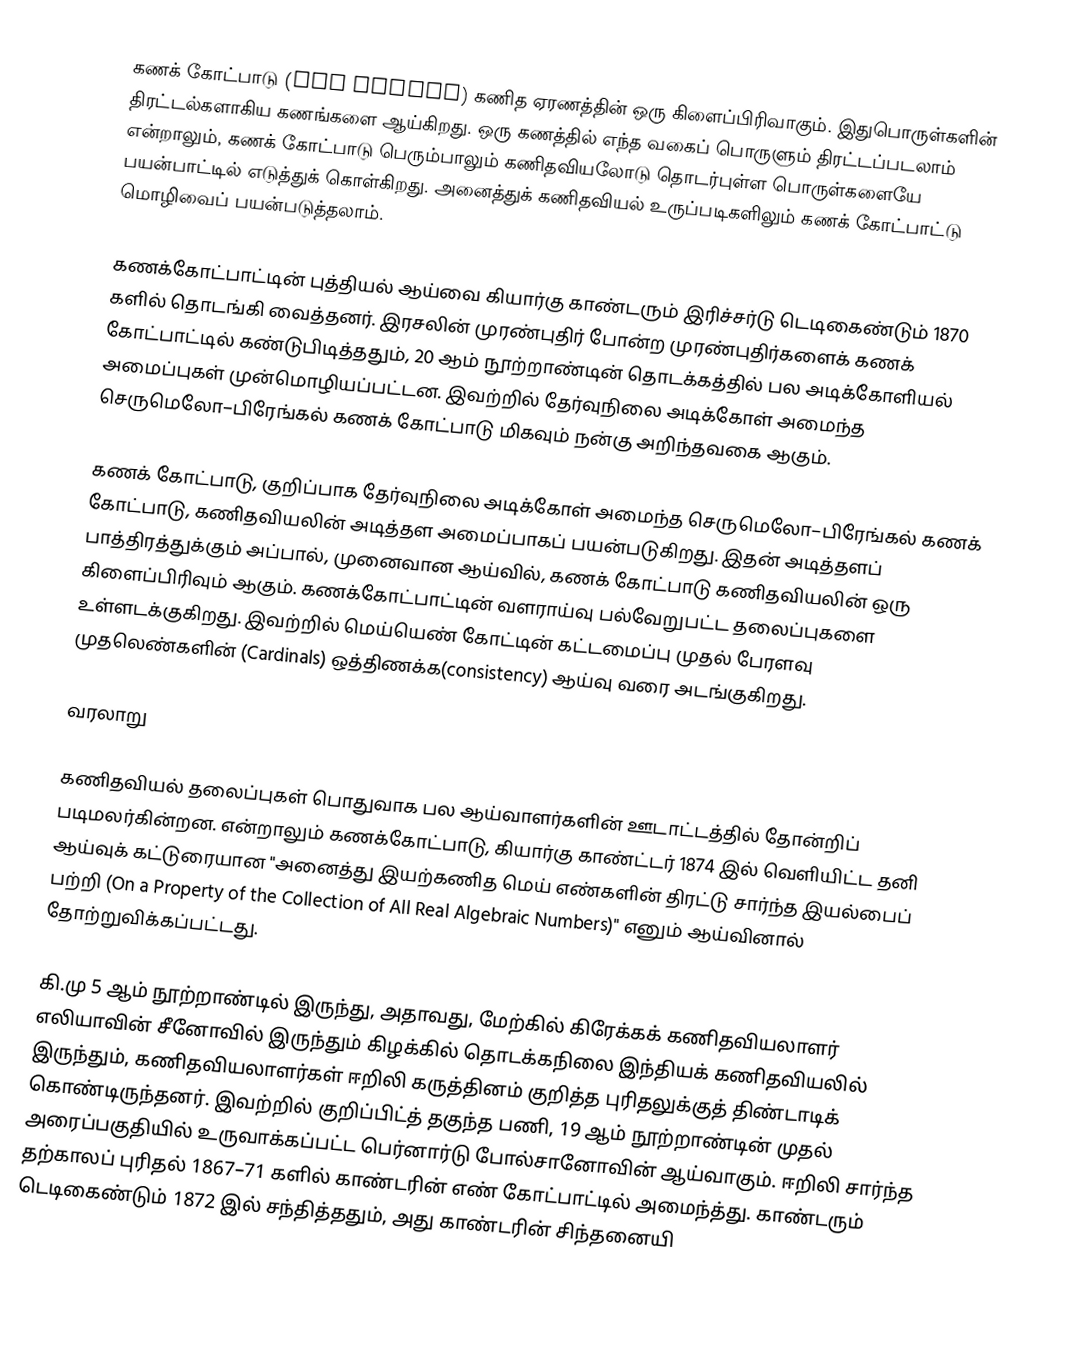
கணக் கோட்பாடு (Set theory) கணித ஏரணத்தின் ஒரு கிளைப்பிரிவாகும். இதுபொருள்களின் திரட்டல்களாகிய கணங்களை ஆய்கிறது. ஒரு கணத்தில் எந்த வகைப் பொருளும் திரட்டப்படலாம் என்றாலும், கணக் கோட்பாடு பெரும்பாலும் கணிதவியலோடு தொடர்புள்ள பொருள்களையே பயன்பாட்டில் எடுத்துக் கொள்கிறது. அனைத்துக் கணிதவியல் உருப்படிகளிலும் கணக் கோட்பாட்டு மொழிவைப் பயன்படுத்தலாம்.

கணக்கோட்பாட்டின் புத்தியல் ஆய்வை கியார்கு காண்டரும் இரிச்சர்டு டெடிகைண்டும் 1870 களில் தொடங்கி வைத்தனர். இரசலின் முரண்புதிர் போன்ற முரண்புதிர்களைக் கணக் கோட்பாட்டில் கண்டுபிடித்ததும், 20 ஆம் நூற்றாண்டின் தொடக்கத்தில் பல அடிக்கோளியல் அமைப்புகள் முன்மொழியப்பட்டன. இவற்றில் தேர்வுநிலை அடிக்கோள் அமைந்த செருமெலோ–பிரேங்கல் கணக் கோட்பாடு மிகவும் நன்கு அறிந்தவகை ஆகும்.

கணக் கோட்பாடு, குறிப்பாக தேர்வுநிலை அடிக்கோள் அமைந்த செருமெலோ–பிரேங்கல் கணக் கோட்பாடு, கணிதவியலின் அடித்தள அமைப்பாகப் பயன்படுகிறது. இதன் அடித்தளப் பாத்திரத்துக்கும் அப்பால்,  முனைவான ஆய்வில், கணக் கோட்பாடு கணிதவியலின் ஒரு கிளைப்பிரிவும் ஆகும். கணக்கோட்பாட்டின் வளராய்வு பல்வேறுபட்ட தலைப்புகளை உள்ளடக்குகிறது. இவற்றில் மெய்யெண் கோட்டின் கட்டமைப்பு முதல் பேரளவு முதலெண்களின் (Cardinals) ஒத்திணக்க(consistency) ஆய்வு வரை அடங்குகிறது.

வரலாறு

கணிதவியல் தலைப்புகள் பொதுவாக பல ஆய்வாளர்களின் ஊடாட்டத்தில் தோன்றிப் படிமலர்கின்றன. என்றாலும் கணக்கோட்பாடு, கியார்கு காண்ட்டர் 1874 இல் வெளியிட்ட தனி ஆய்வுக் கட்டுரையான "அனைத்து இயற்கணித மெய் எண்களின் திரட்டு சார்ந்த இயல்பைப் பற்றி (On a Property of the Collection of All Real Algebraic Numbers)" எனும் ஆய்வினால் தோற்றுவிக்கப்பட்டது.

கி.மு 5 ஆம் நூற்றாண்டில் இருந்து,  அதாவது, மேற்கில் கிரேக்கக் கணிதவியலாளர் எலியாவின் சீனோவில் இருந்தும் கிழக்கில் தொடக்கநிலை இந்தியக் கணிதவியலில் இருந்தும், கணிதவியலாளர்கள் ஈறிலி கருத்தினம் குறித்த புரிதலுக்குத் திண்டாடிக் கொண்டிருந்தனர். இவற்றில் குறிப்பிட்த் தகுந்த பணி, 19 ஆம் நூற்றாண்டின் முதல் அரைப்பகுதியில் உருவாக்கப்பட்ட பெர்னார்டு போல்சானோவின் ஆய்வாகும். ஈறிலி சார்ந்த தற்காலப் புரிதல் 1867–71 களில் காண்டரின் எண் கோட்பாட்டில் அமைந்த்து. காண்டரும் டெடிகைண்டும்  1872 இல் சந்தித்ததும், அது காண்டரின் சிந்தனையி